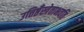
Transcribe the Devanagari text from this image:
उत्तिष्ठँस्त्रेताभवति